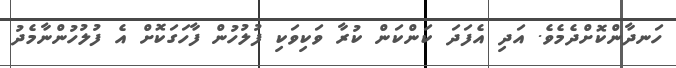
ހަނދާންކޮށްދެމެވެ. އަދި އެފަދަ ކަންކަން ކުރާ ވަކިވަކި ފުލުހުން ފާހަގަކޮށް އެ ފުލުހުންނާމެދު